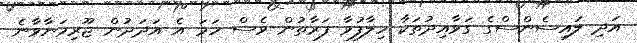
އަދި ލައިސެންސްގެ ގަވާއިދުތަކާ ހިލާފުވާ ފަރާތުން ވެސް ހަމަ އެ އަދަދުން ޖޫރިމަނާވާނެ